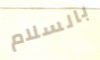
بالسلام